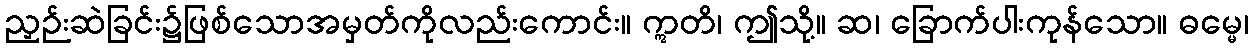
ညှဉ်းဆဲခြင်း၌ဖြစ်သောအမှတ်ကိုလည်းကောင်း။ ဣတိ၊ ဤသို့။ ဆ၊ ခြောက်ပါးကုန်သော။ ဓမ္မေ၊